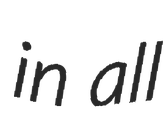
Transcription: in all